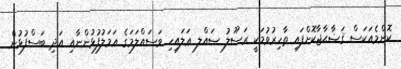
ކޮންމެއަކަސް ޤަޟާޙާޖާކޮށްފައި ތާހިރުވުމަކީ ރަސޫލު ޞައްލ ޢަލައިހި ވަސައްލަމަގެ ޢަމަލުފުޅުންނާއި އަދި ބަސްފުޅުން